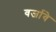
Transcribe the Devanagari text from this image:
वर्जावे